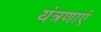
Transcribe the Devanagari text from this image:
यंत्रणाएं